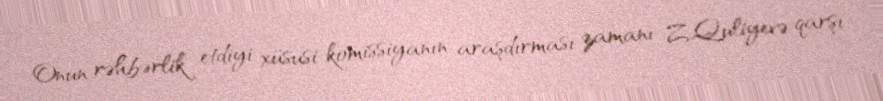
Onun rəhbərlik etdiyi xüsusi komissiyanın araşdırması zamanı Z.Quliyevə qarşı